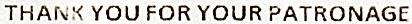
THANK YOU FOR YOUR PATRONAGE